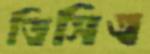
ডিসিএ